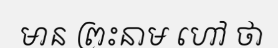
មាន ព្រះនាម ហៅ ថា